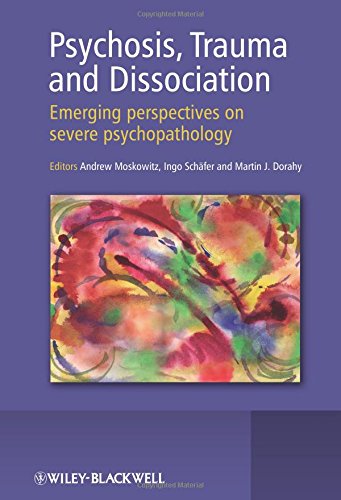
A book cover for Psychosis, Trauma and Dissociation: Emerging Perspectives on Severe Psychopathology; Andrew Moskowitz; Health, Fitness & Dieting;